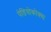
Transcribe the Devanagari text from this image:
पेडियोकोक्स